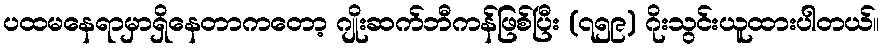
ပထမနေရာမှာရှိနေတာကတော့ ဂျိုးဆက်ဘီကန်ဖြစ်ပြီး (၇၅၉) ဂိုးသွင်းယူထားပါတယ်။